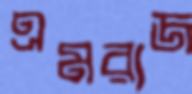
এমরাজ